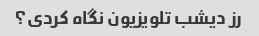
رز دیشب تلویزیون نگاه کردی؟